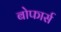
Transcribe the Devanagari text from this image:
बोफार्स